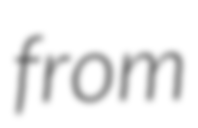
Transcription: from